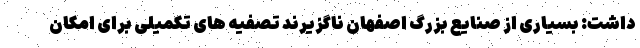
داشت: بسیاری از صنایع بزرگ اصفهان ناگزیرند تصفیه های تکمیلی برای امکان